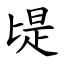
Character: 㔭